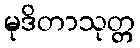
မုဒိတာသုတ္တ